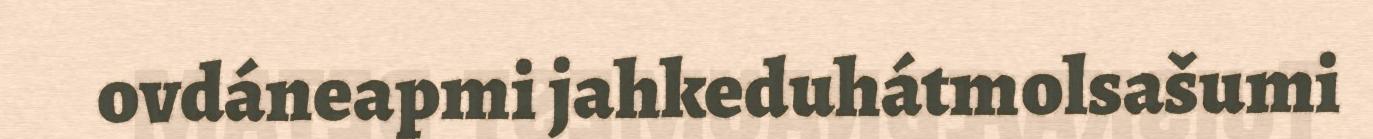
ovdáneapmi jahkeduhátmolsašumi